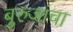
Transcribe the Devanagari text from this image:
बुरुजांचा